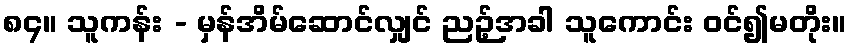
၈၄။ သူကန်း - မှန်အိမ်ဆောင်လျှင် ညဉ့်အခါ သူကောင်း ဝင်၍မတိုး။